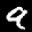
Label: 9